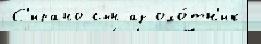
С'ирано сын аз охо́тн'ик